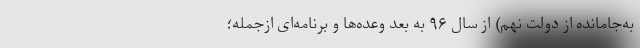
به‌جامانده از دولت نهم) از سال ۹۶ به بعد وعده‌ها و برنامه‌ای ازجمله؛